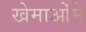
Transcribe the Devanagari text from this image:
खेमाओंमे